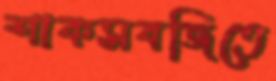
শাকসবজিতে